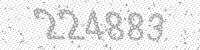
Solution: 224883